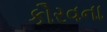
કૌરવના